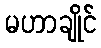
မဟာချိုင်